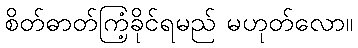
စိတ်ဓာတ်ကြံ့ခိုင်ရမည် မဟုတ်လော။